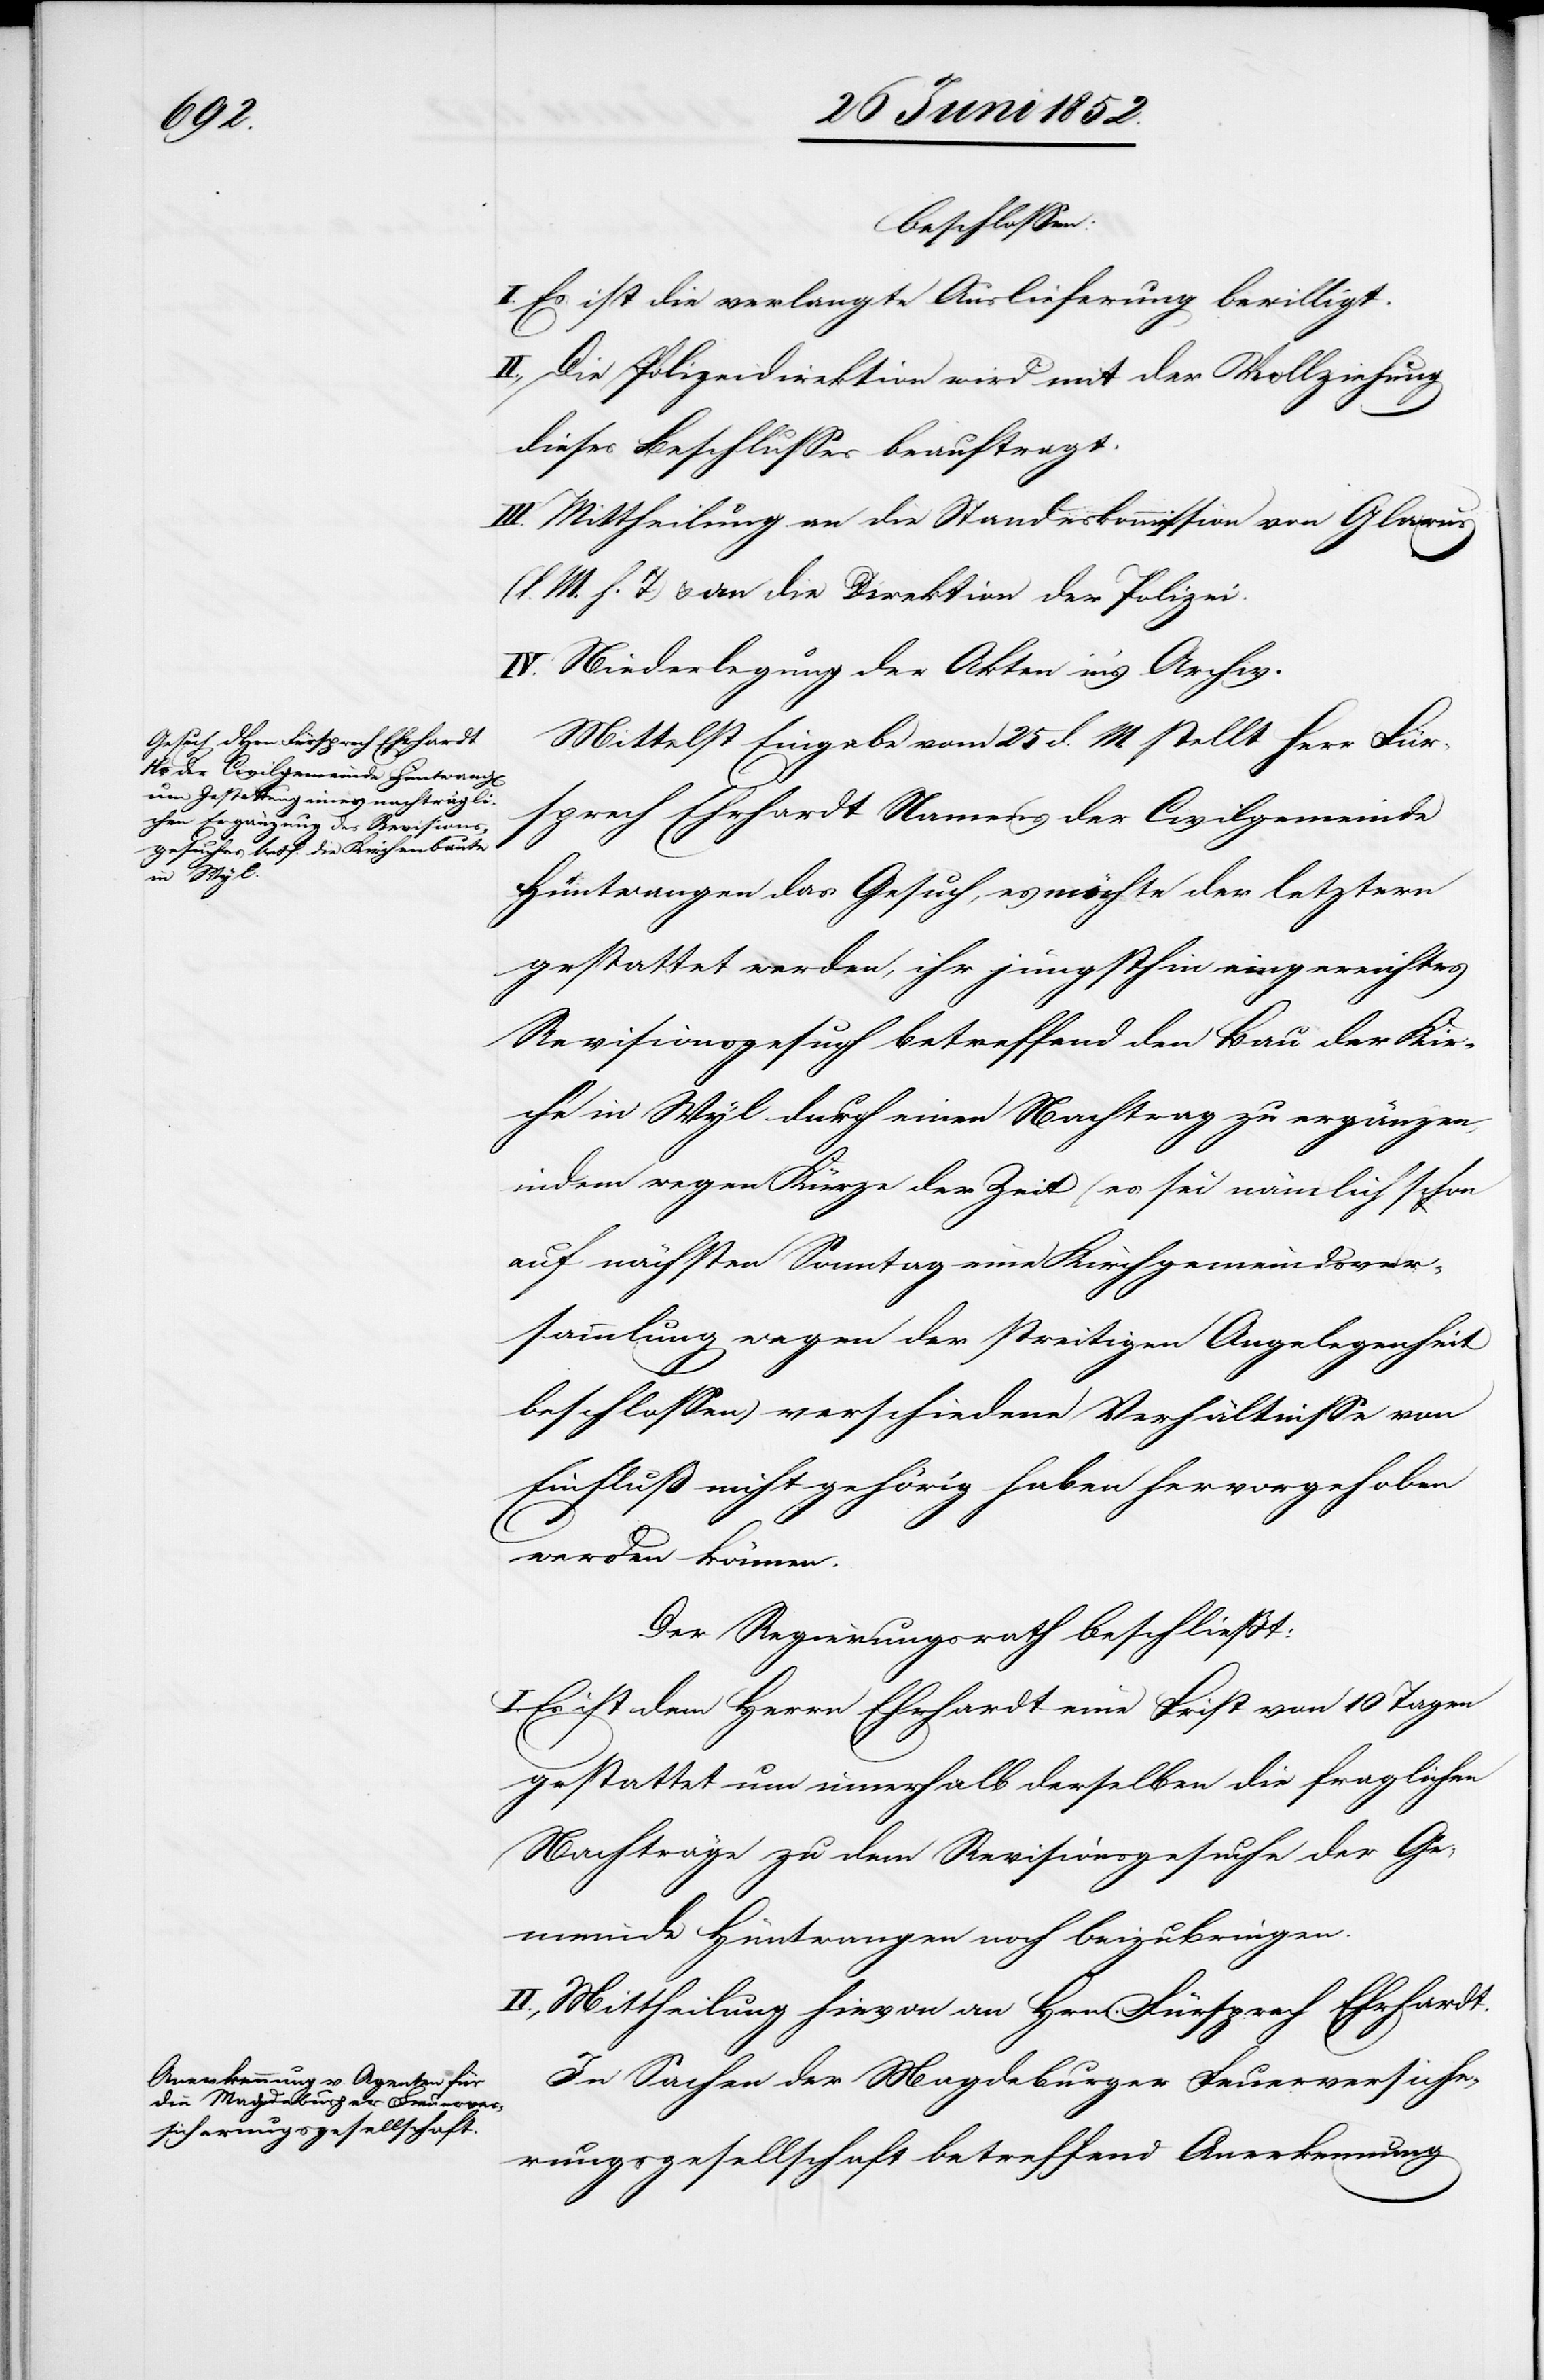
beschlossen:
I. Es ist die verlangte Auslieferung bewilligt.
II., Die Polizeidirektion wird mit der Vollziehung
dieses Beschlusses beauftragt.
III. Mittheilung an die Standeskommission von Glarus
M. h. T) & an die Direktion der Polizei.
IV. Niederlegung der Akten in’s Archiv.
Mittelst Eingabe vom 25 d. M. stellt Herr Für¬
sprech Ehrhardt Namens der Civilgemeinde
Hüntwangen das Gesuch, es möchte der letztern
gestattet werden, ihr jüngsthin eingereichtes
Revisionsgesuch betreffend den Bau der Kir¬
che in Wyl durch einen Nachtrag zu ergänzen,
indem wegen Kürze der Zeit (es sei nämlich schon
auf nächsten Sonntag eine Kirchgemeindsver¬
sammlung wegen der streitigen Angelegenheit
beschlossen) verschiedene Verhältnisse von
Einfluß nicht gehörig haben hervorgehoben
werden können.
Der Regierungsrath beschliesst:
I. Es ist dem Herrn Ehrhardt eine Frist von 10 Tagen
gestattet um innerhalb derselben die fraglichen
Nachträge zu dem Revisionsgesuche der Ge¬
meinde Hüntwangen noch beizubringen.
II., Mittheilung hievon an Hrn. Fürsprech Ehrhardt.
In Sachen der Magdeburger Feuerversiche¬
rungsgesellschaft betreffend Anerkennung